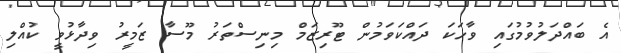
އެ ބައްދަލުވުމުގައި ވާހަކަ ދައްކަވަމުން ޓޫރިޒަމް މިނިސްތަރު މޫސާ ޒަމީރު ވިދާޅުވީ ކުއްލި